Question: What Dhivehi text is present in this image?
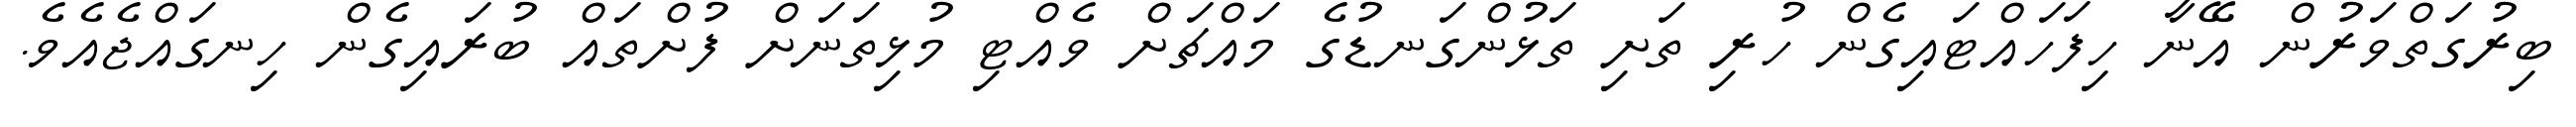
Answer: ބިރުގަތްވަރުން އޭނާ ހިފަހައްޓައިގެން ހުރި ތަށި ތަޅުންގަނޑުގެ މައްޗަށް ވެއްޓި މުޅިތަނަށް ފުށްތައް ބުރައިގެން ހިނގައްޖެއެވެ.